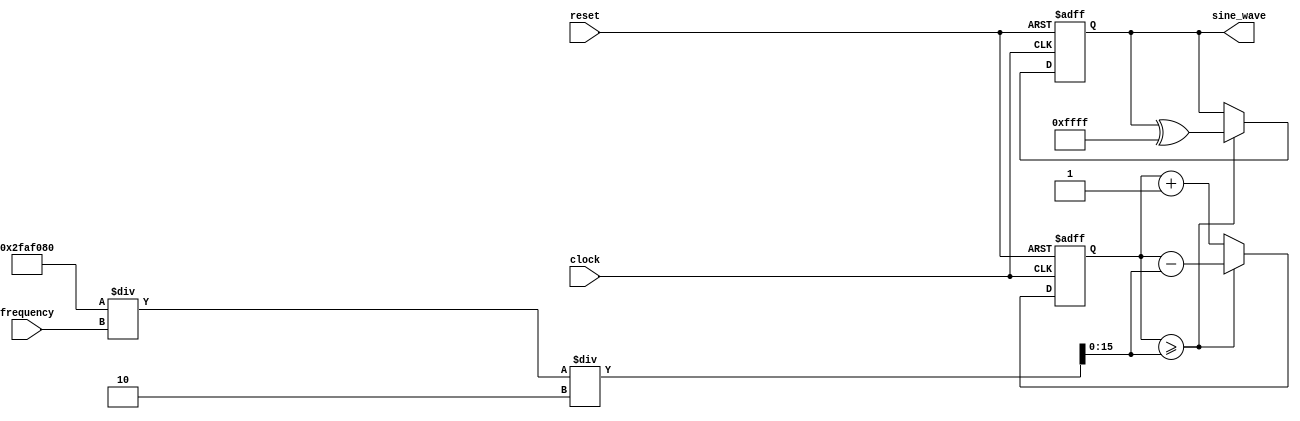

module sine_wave_generator (
  input wire clock,      
  input wire reset,      
  input wire [15:0] frequency, 
  output wire [15:0] sine_wave 
);

// Parameters
parameter LUT_WIDTH = 256;  // Width of output sine wave
parameter CLOCK_FREQ = 50000000; 

// Internal signals and registers
reg [15:0] counter = 0;
reg [15:0] sine_out;

// Phase increment calculation
reg [15:0] phase_increment;

always @(*) begin
  // Calculate the phase increment based on input frequency
  phase_increment = (CLOCK_FREQ / frequency) / 2;
end

// Sine wave generation process
always @(posedge clock or posedge reset) begin
  if (reset) begin
    counter <= 0;
    sine_out <= 0;
  end else begin
    counter <= counter + 1;
    if (counter >= phase_increment) begin
      counter <= counter - phase_increment;
      sine_out <= sine_out ^ ((1 << LUT_WIDTH) - 1); // XOR operation to generate sine wave
    end
  end
end

assign sine_wave = sine_out;

endmodule